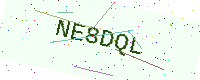
Text: NE8DQL